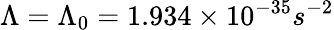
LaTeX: \Lambda=\Lambda_{0}=1.934\times 10^{-35}s^{-2}